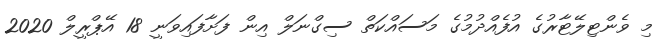
މި ވެންޓިލޭޓާރުގެ އުފެއްދުމުގެ މަސައްކަތް ސިގްނަލް އިން ފަށާފައިވަނީ 18 އޭޕްރީލް 2020